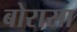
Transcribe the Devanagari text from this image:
बोरासा